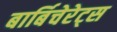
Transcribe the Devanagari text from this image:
बार्बिचेरेट्स